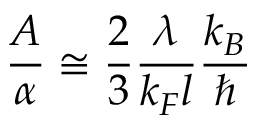
\frac { A } { \alpha } \cong \frac { 2 } { 3 } \frac { \lambda } { k _ { F } l } \frac { k _ { B } } { \hbar }